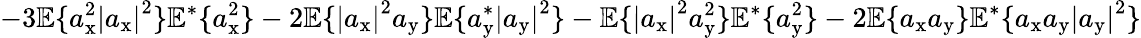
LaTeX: -3\mathbb{E}\{ a_{\mathrm{x}}^{2}\left|a_{\mathrm{x}}\right|^{2}\} \mathbb{E}^{*}\{ a_{\mathrm{x}}^{2}\} -2\mathbb{E}\{ \left|a_{\mathrm{x}}\right|^{2}a_{\mathrm{y}}\} \mathbb{E}\{ a_{\mathrm{y}}^{*}\left|a_{\mathrm{y}}\right|^{2}\} -\mathbb{E}\{ \left|a_{\mathrm{x}}\right|^{2}a_{\mathrm{y}}^{2}\} \mathbb{E}^{*}\{ a_{\mathrm{y}}^{2}\} -2\mathbb{E}\{ a_{\mathrm{x}}a_{\mathrm{y}}\} \mathbb{E}^{*}\{ a_{\mathrm{x}}a_{\mathrm{y}}\left|a_{\mathrm{y}}\right|^{2}\}